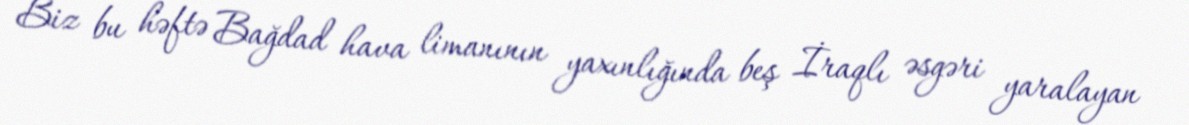
Biz bu həftə Bağdad hava limanının yaxınlığında beş İraqlı əsgəri yaralayan